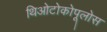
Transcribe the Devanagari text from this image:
थिओटोकोपूलोस